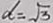
d = \sqrt { 3 }